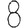
Digit: 8